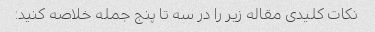
نکات کلیدی مقاله زیر را در سه تا پنج جمله خلاصه کنید: